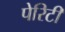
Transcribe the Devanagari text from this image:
पेरिटी